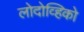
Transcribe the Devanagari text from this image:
लोदोव्हिको